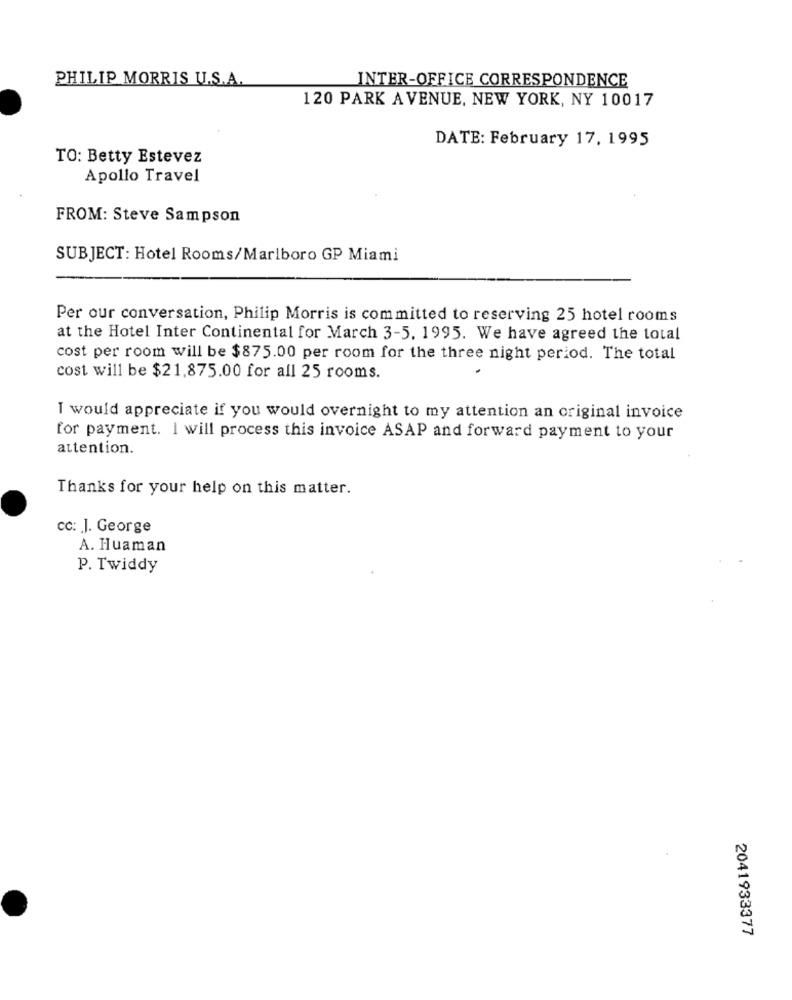
PHILIP MORRIS U.S.A.
INTER-OFFICE CORRESPONDENCE
120 PARK AVENUE, NEW YORK, NY 10017
DATE: February 17, 1995
TO: Betty Estevez
Apollo Travel
FROM: Steve Sampson
SUBJECT: Hotel Rooms/Marlboro GP Miami
Per our conversation, Philip Morris is committed to reserving 25 hotel rooms
at the Hotel Inter Continental for March 3-5, 1995. We have agreed the total
cost per room will be $875.00 per room for the three night period. The total
cost will be $21,875.00 for all 25 rooms.
I would appreciate if you would overnight to my attention an original invoice
for payment. I will process this invoice ASAP and forward payment to your
attention.
Thanks for your help on this matter.
cc: J. George
A. Huaman
P. Twiddy
2041933377